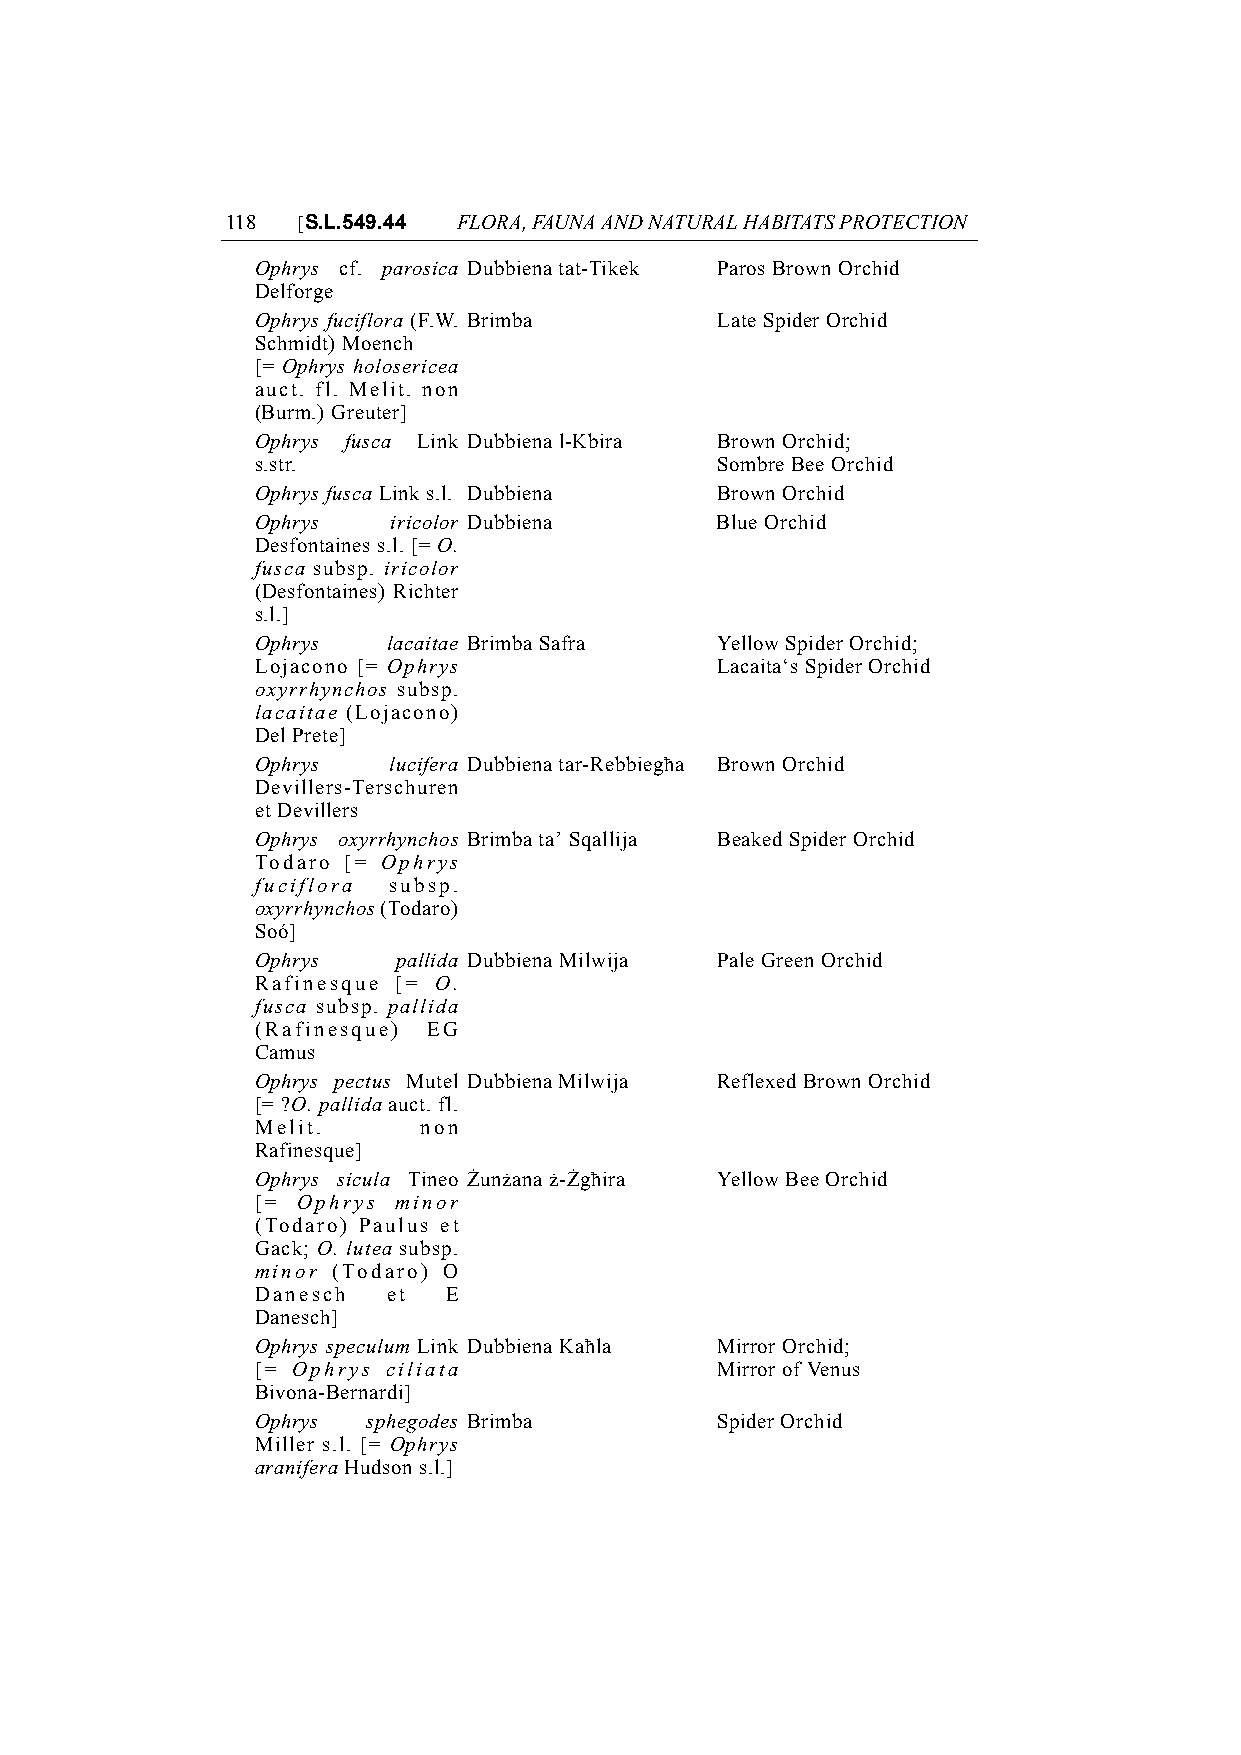
118  [S.L.549.44 FLORA, FAUNA AND NATURAL HABITATS PROTECTION
 Ophrys cf. parosica Dubbiena tat-Tikek Paros Brown Orchid
 Delforge
 Ophrys fuciflora (F.W. Brimba Late Spider Orchid
 Schmidt) Moench
 [= Ophrys holosericea
 auct. fl. Melit. non
 (Burm.) Greuter]
 Ophrys fusca Link Dubbiena l-Kbira Brown Orchid;
 s.str.                        Sombre Bee Orchid
 Ophrys fusca Link s.l. Dubbiena Brown Orchid
 Ophrys   iricolor Dubbiena    Blue Orchid
 Desfontaines s.l. [= O.
 fusca subsp. iricolor
 (Desfontaines) Richter
 s.l.]
 Ophrys   lacaitae Brimba Safra Yellow Spider Orchid;
 Lojacono [= Ophrys            Lacaita‘s Spider Orchid
 oxyrrhynchos subsp.
 lacaitae (Lojacono)
 Del Prete]
 Ophrys   lucifera Dubbiena tar-Rebbiegħa Brown Orchid
 Devillers-Terschuren
 et Devillers
 Ophrys oxyrrhynchos Brimba ta’ Sqallija Beaked Spider Orchid
 Todaro [= Ophrys
 fuciflora subsp.
 oxyrrhynchos (Todaro)
 Soó]
 Ophrys   pallida Dubbiena Milwija Pale Green Orchid
 Rafinesque [= O.
 fusca subsp. pallida
 (Rafinesque) EG
 Camus
 Ophrys pectus Mutel Dubbiena Milwija Reflexed Brown Orchid
 [= ?O. pallida auct. fl.
 Melit.     non
 Rafinesque]
 Ophrys sicula Tineo Żunżana ż-Żgħira Yellow Bee Orchid
 [= Ophrys minor
 (Todaro) Paulus et
 Gack; O. lutea subsp.
 minor (Todaro) O
 Danesch  et E
 Danesch]
 Ophrys speculum Link Dubbiena Kaħla Mirror Orchid;
 [= Ophrys ciliata             Mirror of Venus
 Bivona-Bernardi]
 Ophrys sphegodes Brimba       Spider Orchid
 Miller s.l. [= Ophrys
 aranifera Hudson s.l.]